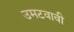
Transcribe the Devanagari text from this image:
उमटवावी